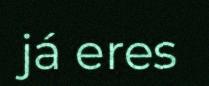
já eres